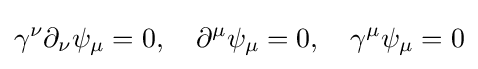
\gamma ^{\nu }{\partial }_{\nu }\psi _{\mu }=0,\quad \partial ^{\mu }\psi _{\mu }=0,\quad \gamma ^{\mu }\psi _{\mu }=0